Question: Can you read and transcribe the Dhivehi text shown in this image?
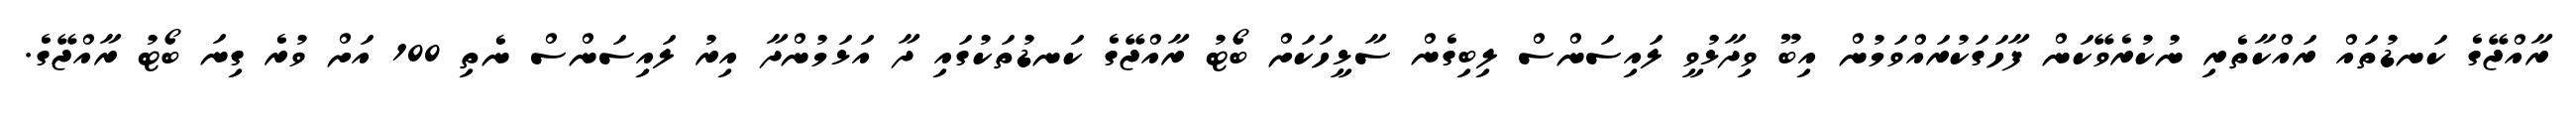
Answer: ރާއްޖޭގެ ކަނޑުތައް ރައްކާތެރި ނުކުރެވޭކަން ފާހަގަކުރައްވަމުން އިބޫ ވިދާޅުވީ ލައިސަންސް ލިބިގެން ސާޅީހަކަށް ބޯޓު ރާއްޖޭގެ ކަނޑުތަކުގައި ދާ އަޅަމުންދާ އިރު ލައިސަންސް ނެތި 100 އަށް ވުރެ ގިނަ ބޯޓު ރާއްޖޭގެ.